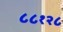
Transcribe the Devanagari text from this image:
८८१२८